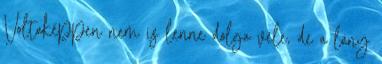
Voltaképpen nem is lenne dolga vele, de a lány